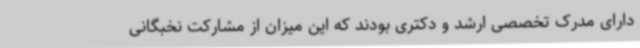
دارای مدرک تخصصی ارشد و دکتری بودند که این میزان از مشارکت نخبگانی